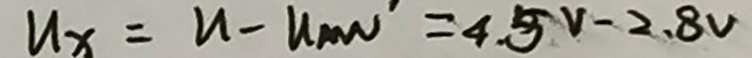
u _ { x } = u - u _ { m n } = 4 . 5 v - 2 . 8 v